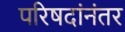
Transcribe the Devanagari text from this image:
परिषदांनंतर